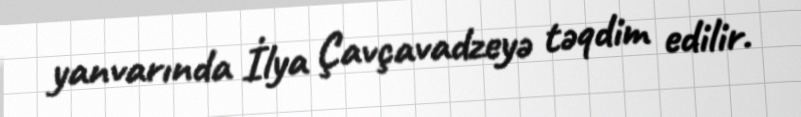
yanvarında İlya Çavçavadzeyə təqdim edilir.